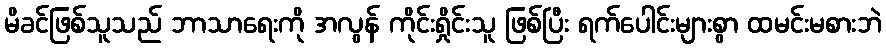
မိခင်ဖြစ်သူသည် ဘာသာရေးကို အလွန် ကိုင်းရှိုင်းသူ ဖြစ်ပြီး ရက်ပေါင်းများစွာ ထမင်းမစားဘဲ